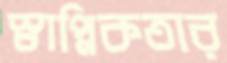
স্বাপ্নিকতার